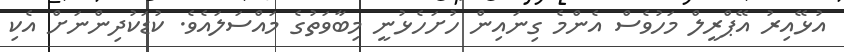
އުޅޭއިރު އޭޕްރީލް މަހުވެސް އެންމެ ގިނައިން ހުށަހެޅުނީ މިބާވަތުގެ މައްސަލައެވެ. ކުޑަކުދިންނަށް އެކި